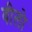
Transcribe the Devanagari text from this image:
वीलो